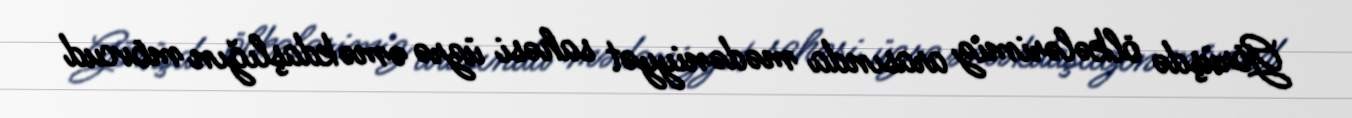
Görüşdə ölkələrimiz arasında mədəniyyət sahəsi üzrə əməkdaşlığın mövcud